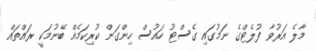
މާލެ އަރުވާ ފުލެޓްގެ ނަމުގައި ގެސްޓު ހައުސް ހިންގަން ކުރިކަމެއް ބޭނުމަކީ ރައްތައް